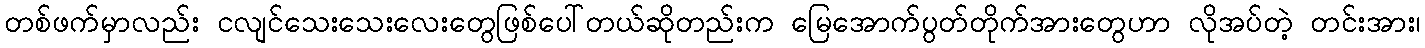
တစ်ဖက်မှာလည်း ငလျင်သေးသေးလေးတွေဖြစ်ပေါ်တယ်ဆိုတည်းက မြေအောက်ပွတ်တိုက်အားတွေဟာ လိုအပ်တဲ့ တင်းအား၊